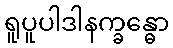
ရူပူပါဒါနက္ခန္ဓော